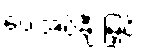
ပေးအပ်ချီးမြှင့်